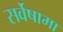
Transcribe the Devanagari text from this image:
सर्वेषामा